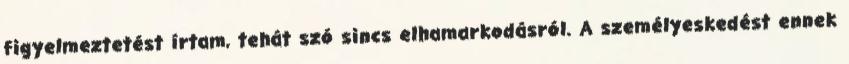
figyelmeztetést írtam, tehát szó sincs elhamarkodásról. A személyeskedést ennek